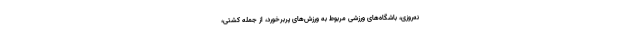
نه‌روزی، باشگاه‌های ورزشی مربوط به ورزش‌های پربرخورد، از جمله کشتی،